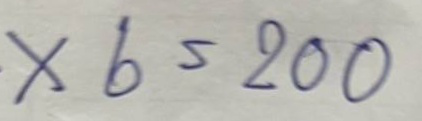
x 6 = 200